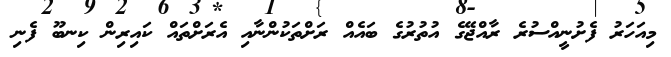
މިއަހަރު ފެށުނީއްސުރެ ރާއްޖޭގެ އުތުރުގެ ބައެއް ރަށްތަކުންނާއި އެރަށްތައް ކައިރިން ކިނބޫ ފެނި